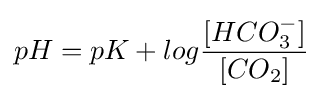
pH=pK+log{\frac {[HCO_{3}^{-}]}{[CO_{2}]}}